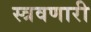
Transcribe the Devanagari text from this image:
स्त्रवणारी